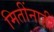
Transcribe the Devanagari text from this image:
मितींनाही